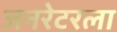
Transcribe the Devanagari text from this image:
जनरेटरला